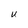
Character: U